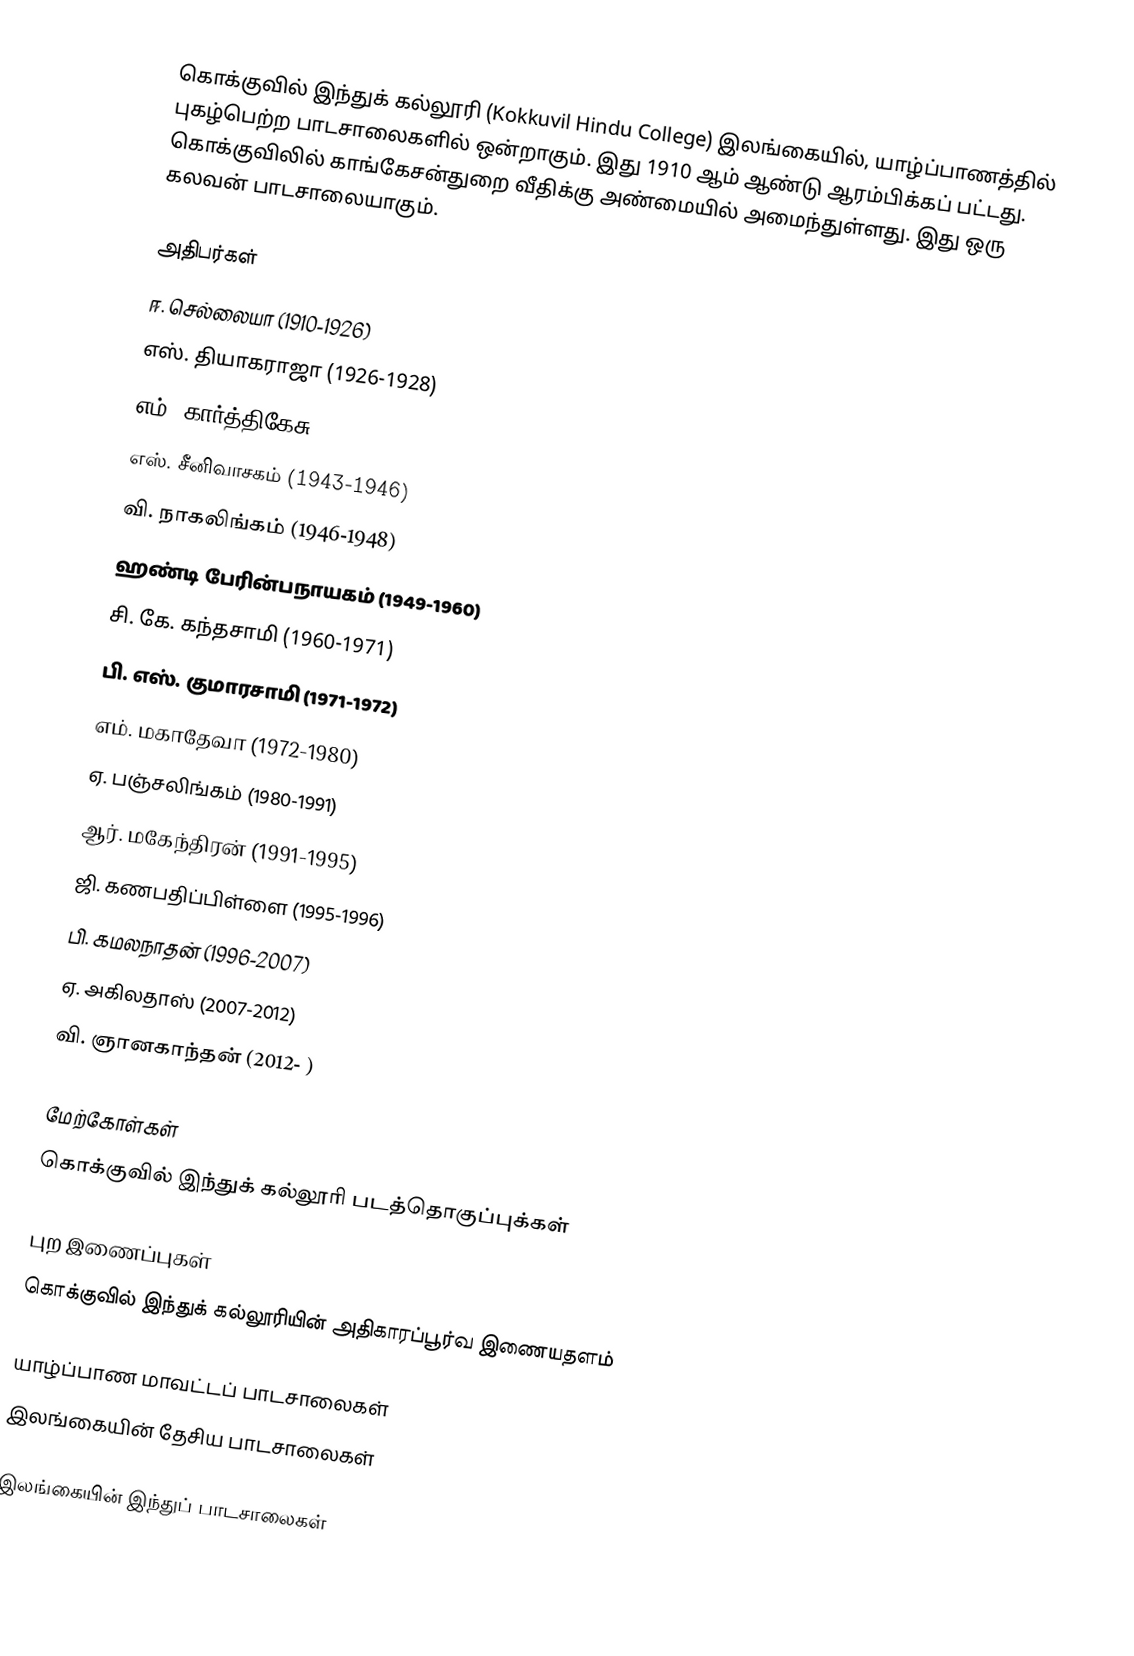
கொக்குவில் இந்துக் கல்லூரி (Kokkuvil Hindu College) இலங்கையில், யாழ்ப்பாணத்தில் புகழ்பெற்ற பாடசாலைகளில் ஒன்றாகும். இது 1910 ஆம் ஆண்டு ஆரம்பிக்கப் பட்டது. கொக்குவிலில் காங்கேசன்துறை வீதிக்கு அண்மையில் அமைந்துள்ளது. இது ஒரு கலவன் பாடசாலையாகும்.

அதிபர்கள்
ஈ. செல்லையா (1910-1926)
எஸ். தியாகராஜா (1926-1928)
எம். கார்த்திகேசு (1928-1943)
எஸ். சீனிவாசகம் (1943-1946)
வி. நாகலிங்கம் (1946-1948)
ஹண்டி பேரின்பநாயகம் (1949-1960)
சி. கே. கந்தசாமி (1960-1971)
பி. எஸ். குமாரசாமி (1971-1972)
எம். மகாதேவா (1972-1980)
ஏ. பஞ்சலிங்கம் (1980-1991)
ஆர். மகேந்திரன் (1991-1995)
ஜி. கணபதிப்பிள்ளை (1995-1996)
பி. கமலநாதன் (1996-2007)
ஏ. அகிலதாஸ் (2007-2012)
வி. ஞானகாந்தன் (2012- )

மேற்கோள்கள்
கொக்குவில் இந்துக் கல்லூரி படத்தொகுப்புக்கள்

புற இணைப்புகள்
கொக்குவில் இந்துக் கல்லூரியின் அதிகாரப்பூர்வ இணையதளம்

யாழ்ப்பாண மாவட்டப் பாடசாலைகள்
இலங்கையின் தேசிய பாடசாலைகள்

இலங்கையின் இந்துப் பாடசாலைகள்